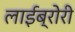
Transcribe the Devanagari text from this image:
लाईब्रोरी